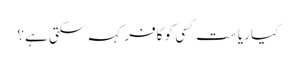
کیا ریاست کسی کو کافر کہہ سکتی ہے؟